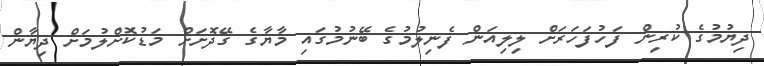
ދިޔުމުގެ ކުރިން ފަހުފަހަރަށް ލިލިއަން ފެނިލުމުގެ ބޭނުމުގައި މާޔާގެ ގޭދޮށަށް މަޑުކޮށްލުމަށް ދިޔާން